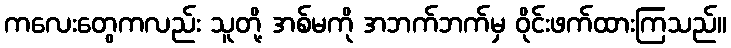
ကလေးတွေကလည်း သူတို့ အစ်မကို အဘက်ဘက်မှ ဝိုင်းဖက်ထားကြသည်။